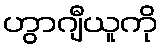
ဟွာဂျီယူကို